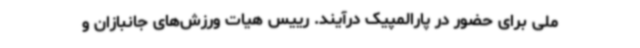
ملی برای حضور در پارالمپیک درآیند. رییس هیات ورزش‌های جانبازان و